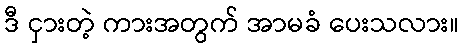
ဒီ ငှားတဲ့ ကားအတွက် အာမခံ ပေးသလား။